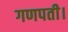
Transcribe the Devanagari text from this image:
गणपती।